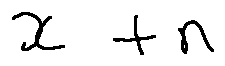
x + n